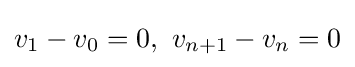
v_{1}-v_{0}=0,\ v_{n+1}-v_{n}=0